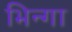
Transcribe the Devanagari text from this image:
भिन्गा